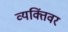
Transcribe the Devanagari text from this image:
व्यक्तिंवर